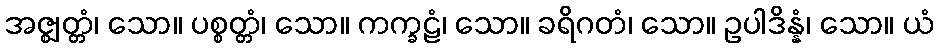
အဇ္ဈတ္တံ၊ သော။ ပစ္စတ္တံ၊ သော။ ကက္ခဠံ၊ သော။ ခရိဂတံ၊ သော။ ဥပါဒိန္နံ၊ သော။ ယံ